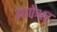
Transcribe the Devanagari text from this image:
गापेश्वर